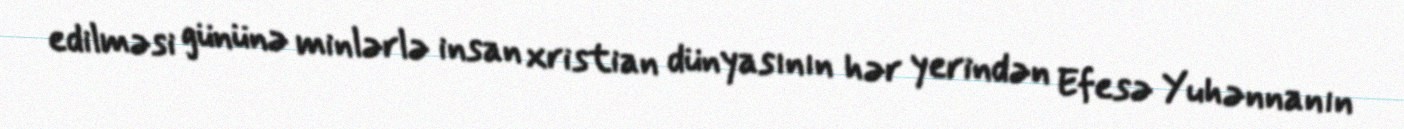
edilməsi gününə minlərlə insan xristian dünyasının hər yerindən Efesə Yuhənnanın